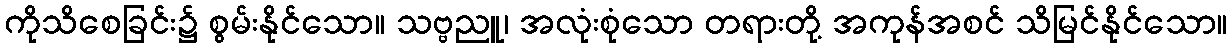
ကိုသိစေခြင်း၌ စွမ်းနိုင်သော။ သဗ္ဗညူ၊ အလုံးစုံသော တရားတို့ အကုန်အစင် သိမြင်နိုင်သော။